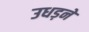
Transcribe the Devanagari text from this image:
उधड़ने